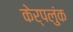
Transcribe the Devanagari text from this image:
केर्पलुंक